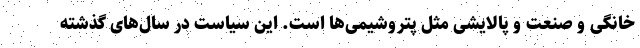
خانگی و صنعت و پالایشی مثل پتروشیمی‌ها است. این سیاست در سال‌های گذشته